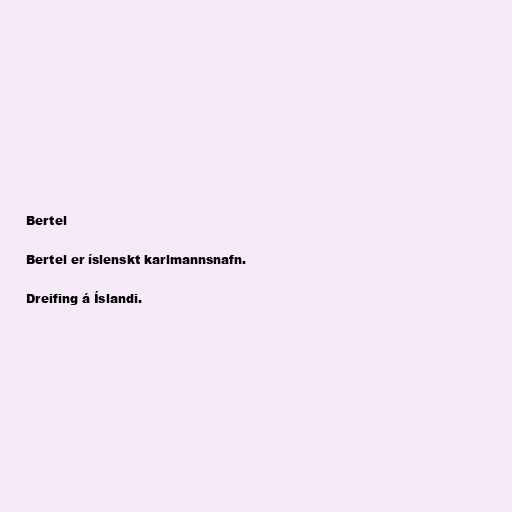
Bertel

Bertel er íslenskt karlmannsnafn.

Dreifing á Íslandi.